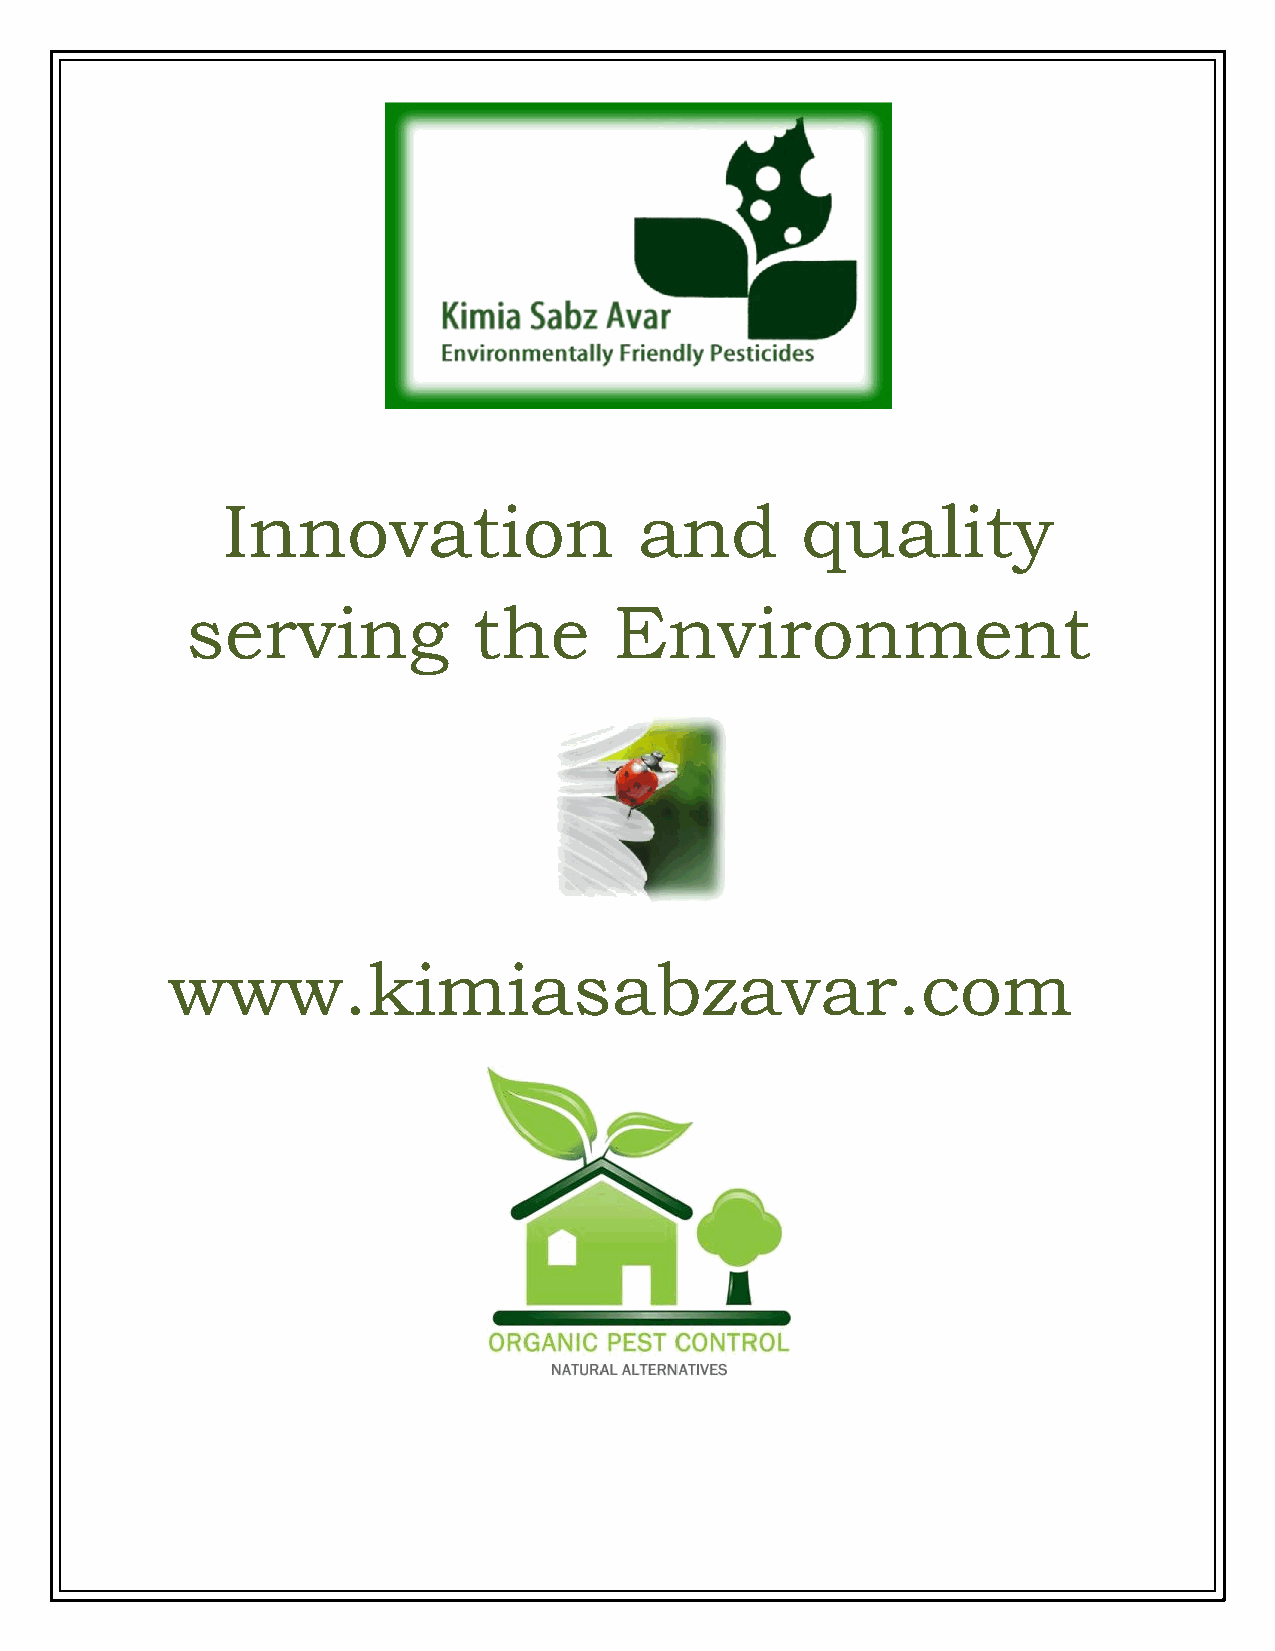
Innovation                 and        quality
 serving            the       Environment
 www.kimiasabzavar.com